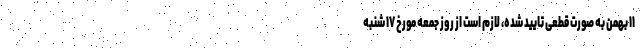
۱۱ بهمن به صورت قطعی تایید شده، لازم است از روز جمعه مورخ ۱۷ شنبه